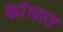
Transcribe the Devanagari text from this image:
कोंभात